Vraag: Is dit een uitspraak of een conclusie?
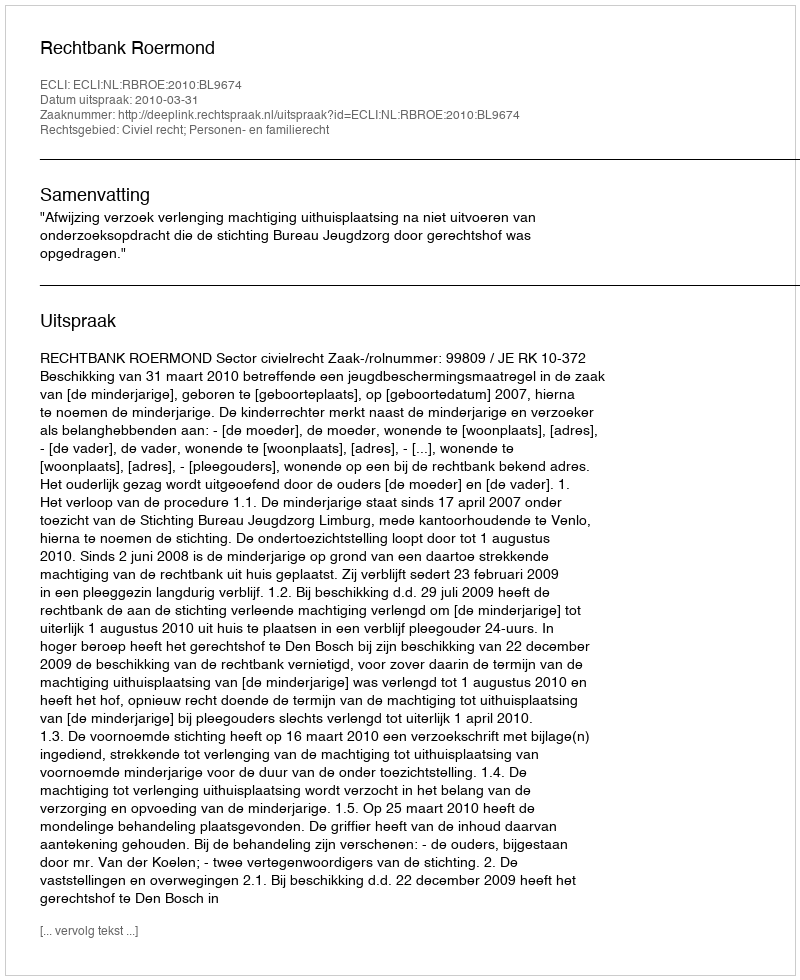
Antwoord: Uitspraak